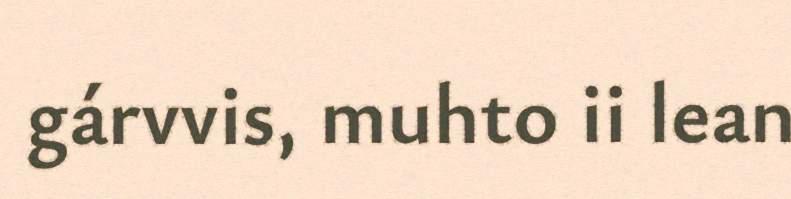
gárvvis, muhto ii lean